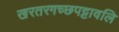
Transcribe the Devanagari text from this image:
खरतरगच्छपट्टावलि